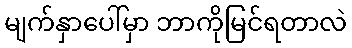
မျက်နှာပေါ်မှာ ဘာကိုမြင်ရတာလဲ